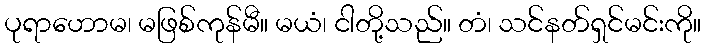
ပုရာဟောမ၊ မဖြစ်ကုန်မီ။ မယံ၊ ငါတို့သည်။ တံ၊ သင်နတ်ရှင်မင်းကို။